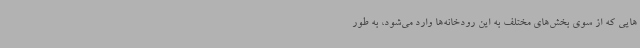
هایی که از سوی بخش‌های مختلف به این رودخانه‌ها وارد می‌شود، به طور